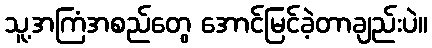
သူ့အကြံအစည်တွေ အောင်မြင်ခဲ့တာချည်းပဲ။